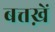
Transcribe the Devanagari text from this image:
बत्तख़ें